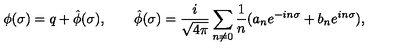
\phi ( \sigma ) = q + \hat { \phi } ( \sigma ) , \qquad \hat { \phi } ( \sigma ) = { \frac i { \sqrt { 4 \pi } } } \sum _ { n \ne 0 } { \frac 1 n } ( a _ { n } e ^ { - i n \sigma } + b _ { n } e ^ { i n \sigma } ) ,